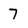
Character: 7